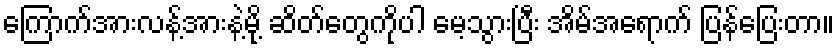
ကြောက်အားလန့်အားနဲ့မို့ ဆိတ်တွေကိုပါ မေ့သွားပြီး အိမ်အရောက် ပြန်ပြေးတာ။